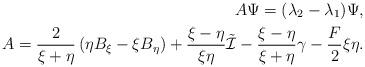
LaTeX: \begin{align*}A\Psi=(\lambda_2-\lambda_1)\Psi,\\A=\frac{2}{\xi+\eta}\left( \eta B_\xi - \xi B_\eta \right) +\frac{\xi-\eta}{\xi\eta}\tilde{\mathcal{I}}-\frac{\xi-\eta}{\xi+\eta}\gamma-\frac{F}{2}\xi\eta.\end{align*}